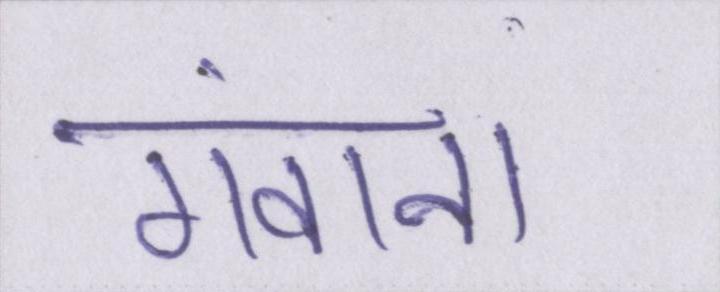
गंवाना